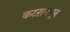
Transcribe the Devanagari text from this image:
कटरामधून